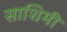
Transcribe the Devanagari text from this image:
साशिमी